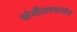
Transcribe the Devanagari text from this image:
संगीतरचनांत